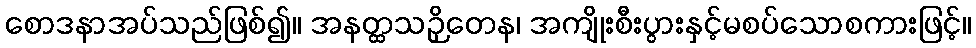
စောဒနာအပ်သည်ဖြစ်၍။ အနတ္ထသဉှိတေန၊ အကျိုးစီးပွားနှင့်မစပ်သောစကားဖြင့်။